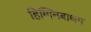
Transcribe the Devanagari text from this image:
हिग्गिनबाथम